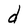
Character: d